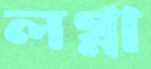
লগ্না